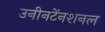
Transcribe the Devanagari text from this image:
उनीनटेंनशनल